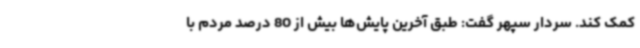
کمک کند. سردار سپهر گفت: طبق آخرین پایش‌ها بیش از 80 درصد مردم با